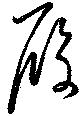
履